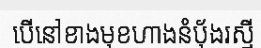
បើនៅខាងមុខហាងនំប៉័ងរស្មី